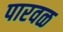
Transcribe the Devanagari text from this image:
पारवळ